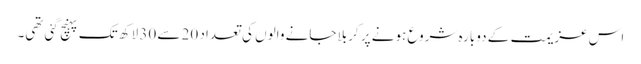
اس عزیمت کے دوبارہ شروع ہونے پر کربلا جانے والوں کی تعداد 20 سے 30 لاکھ تک پہنچ گئی تھی۔